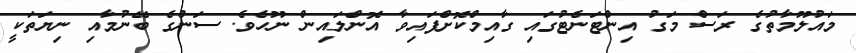
މައުލޫމާތުގެ ރަސް މަގު އިންޓަނެޓުގައި ގާއިމްކޮށްފައިވާ އޮންލައިން ނޫހެވެ. ސަންގެ ބޭނުމާއި ނިޔަތަކީ